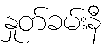
နှုတ်ခမ်းနီ